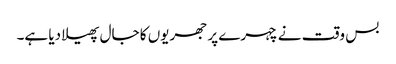
بس وقت نے چہرے پر جھریوں کا جال پھیلا دیا ہے۔